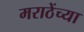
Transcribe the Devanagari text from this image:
मराठेंच्या